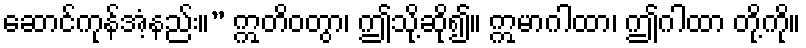
ဆောင်ကုန်အံ့နည်း။” ဣတိဝတွာ၊ ဤသို့ဆို၍။ ဣမာဂါထာ၊ ဤဂါထာ တို့ကို။